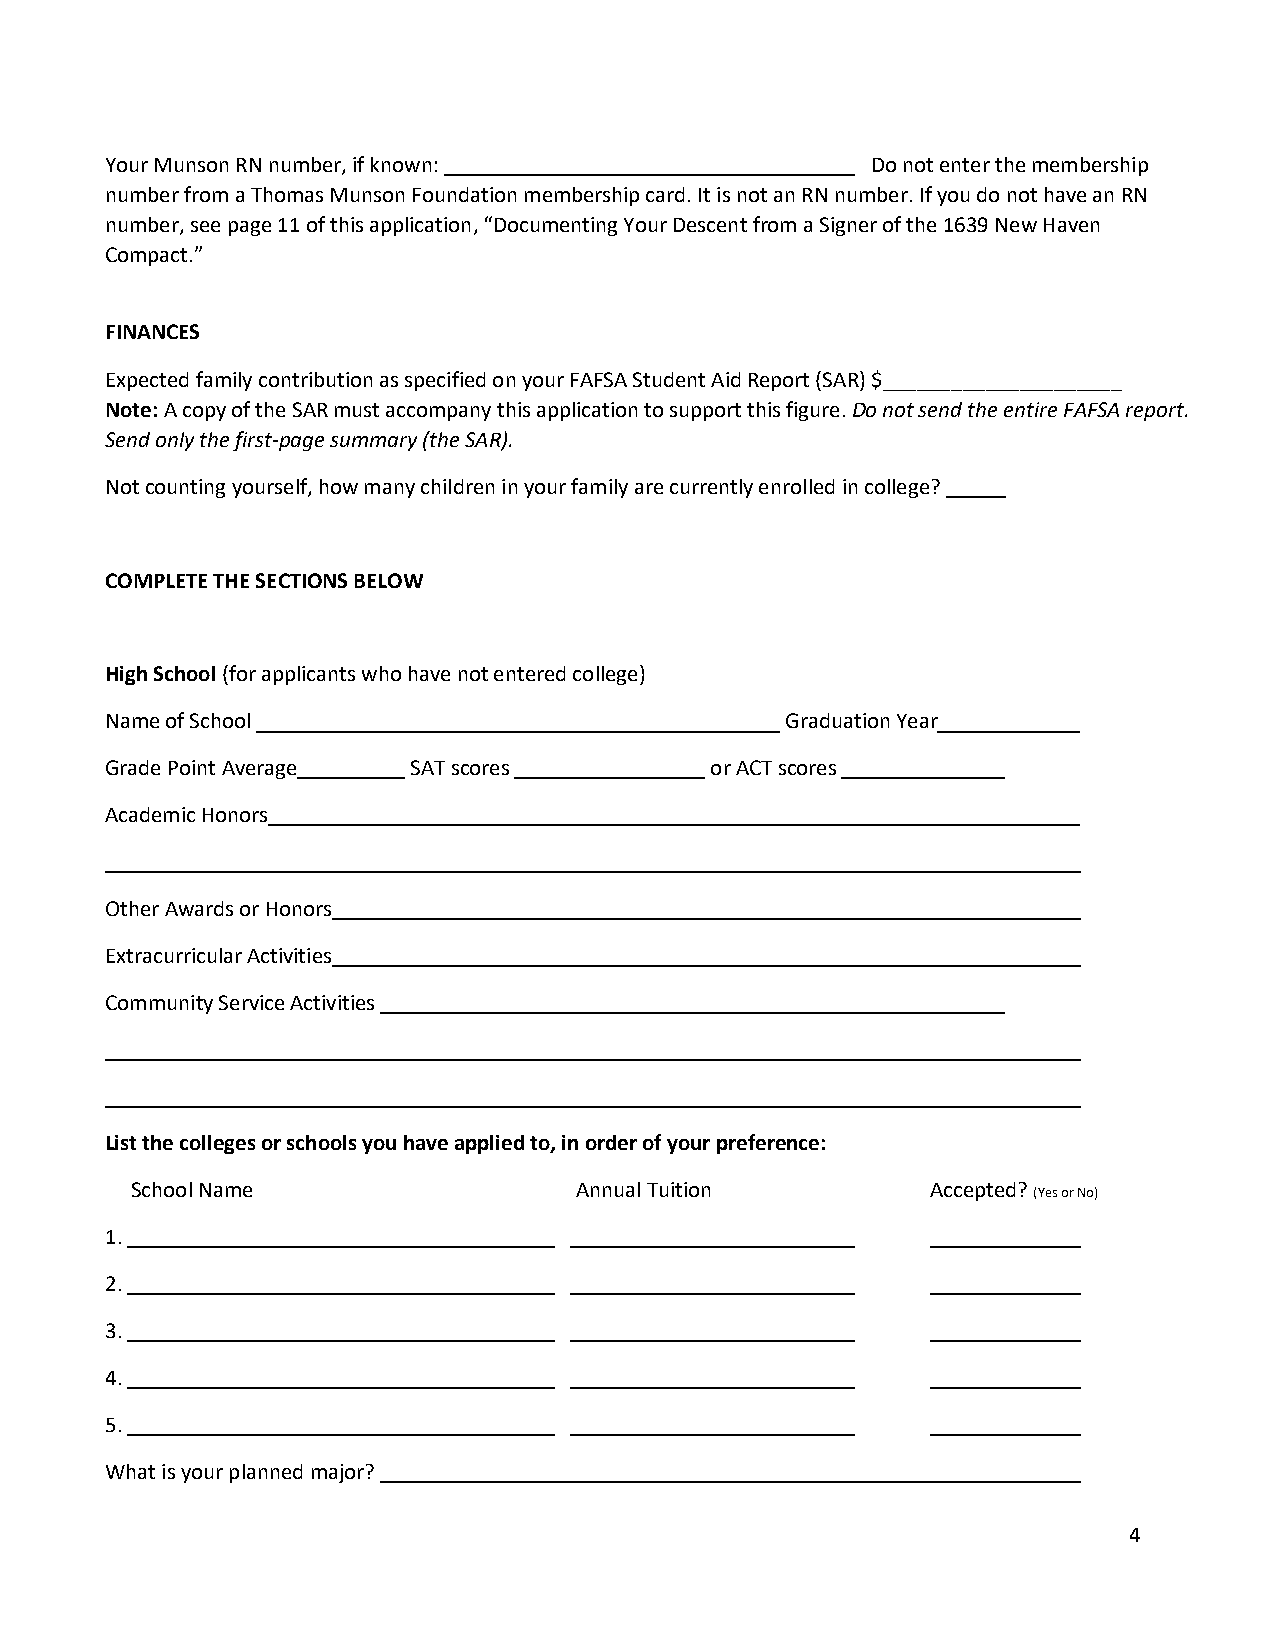
Your Munson RN number, if known:                   Do not enter the membership
 number from a Thomas Munson Foundation membership card. It is not an RN number. If you do not have an RN
 number, see page 11 of this application, “Documenting Your Descent from a Signer of the 1639 New Haven
 Compact.”
 FINANCES
 Expected family contribution as specified on your FAFSA Student Aid Report (SAR) $_____________________
 Note: A copy of the SAR must accompany this application to support this figure. Do not send the entire FAFSA report.
 Send only the first-page summary (the SAR).
 Not counting yourself, how many children in your family are currently enrolled in college?
 COMPLETE THE SECTIONS BELOW
 High School (for applicants who have not entered college)
 Name of School                               Graduation Year
 Grade Point Average SAT scores          or ACT scores
 Academic Honors
 Other Awards or Honors
 Extracurricular Activities
 Community Service Activities
 List the colleges or schools you have applied to, in order of your preference:
 School Name                  Annual Tuition          Accepted?
 (Yes or No)
 1.
 2.
 3.
 4.
 5.
 What is your planned major?
 4